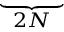
\underbrace { \phantom { F _ { Q , 2 } } } _ { 2 N }